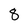
Character: 8